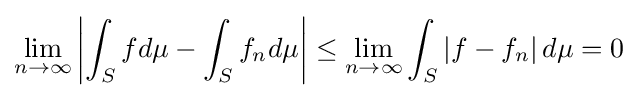
\lim _{n\to \infty }\left|\int _{S}fd\mu -\int _{S}f_{n}d\mu \right|\leq \lim _{n\to \infty }\int _{S}|f-f_{n}|\,d\mu =0